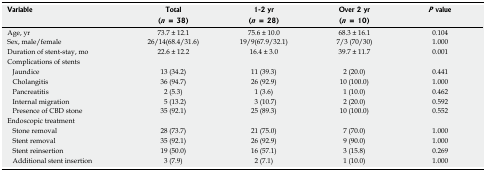
<table><thead><tr><td rowspan="2"><b>Variable</b></td><td><b>Total</b></td><td><b>1-2 yr</b></td><td><b>Over 2 yr</b></td><td rowspan="2"><b><i>P</i> value</b></td></tr><tr><td><b>(<i>n</i> = 38)</b></td><td><b>(<i>n</i> = 28)</b></td><td><b>(<i>n</i> = 10)</b></td></tr></thead><tbody><tr><td>Age, yr</td><td>73.7 ± 12.1</td><td>75.6 ± 10.0</td><td>68.3 ± 16.1</td><td>0.104</td></tr><tr><td>Sex, male/female</td><td>26/14(68.4/31.6)</td><td>19/9(67.9/32.1)</td><td>7/3 (70/30)</td><td>1.000</td></tr><tr><td>Duration of stent-stay, mo</td><td>22.6 ± 12.2</td><td>16.4 ± 3.0</td><td>39.7 ± 11.7</td><td>0.001</td></tr><tr><td>Complications of stents</td><td></td><td colspan="3"></td></tr><tr><td>Jaundice</td><td>13 (34.2)</td><td>11 (39.3)</td><td>2 (20.0)</td><td>0.441</td></tr><tr><td>Cholangitis</td><td>36 (94.7)</td><td>26 (92.9)</td><td>10 (100.0)</td><td>1.000</td></tr><tr><td>Pancreatitis</td><td>2 (5.3)</td><td>1 (3.6)</td><td>1 (10.0)</td><td>0.462</td></tr><tr><td>Internal migration</td><td>5 (13.2)</td><td>3 (10.7)</td><td>2 (20.0)</td><td>0.592</td></tr><tr><td>Presence of CBD stone</td><td>35 (92.1)</td><td>25 (89.3)</td><td>10 (100.0)</td><td>0.552</td></tr><tr><td>Endoscopic treatment</td><td></td><td colspan="3"></td></tr><tr><td>Stone removal</td><td>28 (73.7)</td><td>21 (75.0)</td><td>7 (70.0)</td><td>1.000</td></tr><tr><td>Stent removal</td><td>35 (92.1)</td><td>26 (92.9)</td><td>9 (90.0)</td><td>1.000</td></tr><tr><td>Stent reinsertion</td><td>19 (50.0)</td><td>16 (57.1)</td><td>3 (15.8)</td><td>0.269</td></tr><tr><td>Additional stent insertion</td><td>3 (7.9)</td><td>2 (7.1)</td><td>1 (10.0)</td><td>1.000</td></tr></tbody></table>